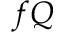
f Q